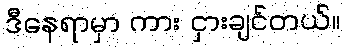
ဒီနေရာမှာ ကား ငှားချင်တယ်။